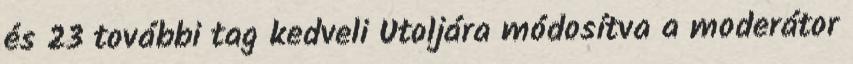
és 23 további tag kedveli Utoljára módosítva a moderátor